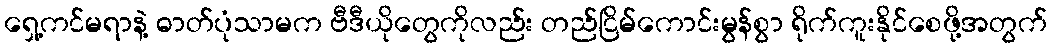
ရှေ့ကင်မရာနဲ့ ဓာတ်ပုံသာမက ဗီဒီယိုတွေကိုလည်း တည်ငြိမ်ကောင်းမွန်စွာ ရိုက်ကူးနိုင်စေဖို့အတွက်